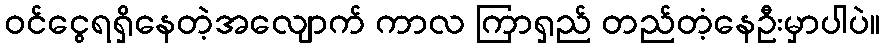
ဝင်ငွေရရှိနေတဲ့အလျောက် ကာလ ကြာရှည် တည်တံ့နေဦးမှာပါပဲ။